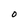
Character: O